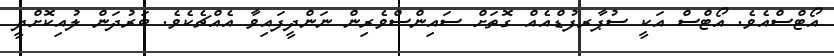
އޯޓްސްއެވެ. އޯޓްސް އަކީ ސުޕާރފުޑްއެއް ގޮތަށް ސައިންސްވެރިން ނަންދީފައިވާ އެއްޗެކެވެ. ބަރުދަން ލުއިކޮށްދީ